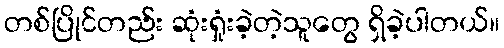
တစ်ပြိုင်တည်း ဆုံးရှုံးခဲ့တဲ့သူတွေ ရှိခဲ့ပါတယ်။